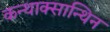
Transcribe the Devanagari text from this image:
कन्थाक्सान्थिन